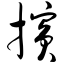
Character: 摈